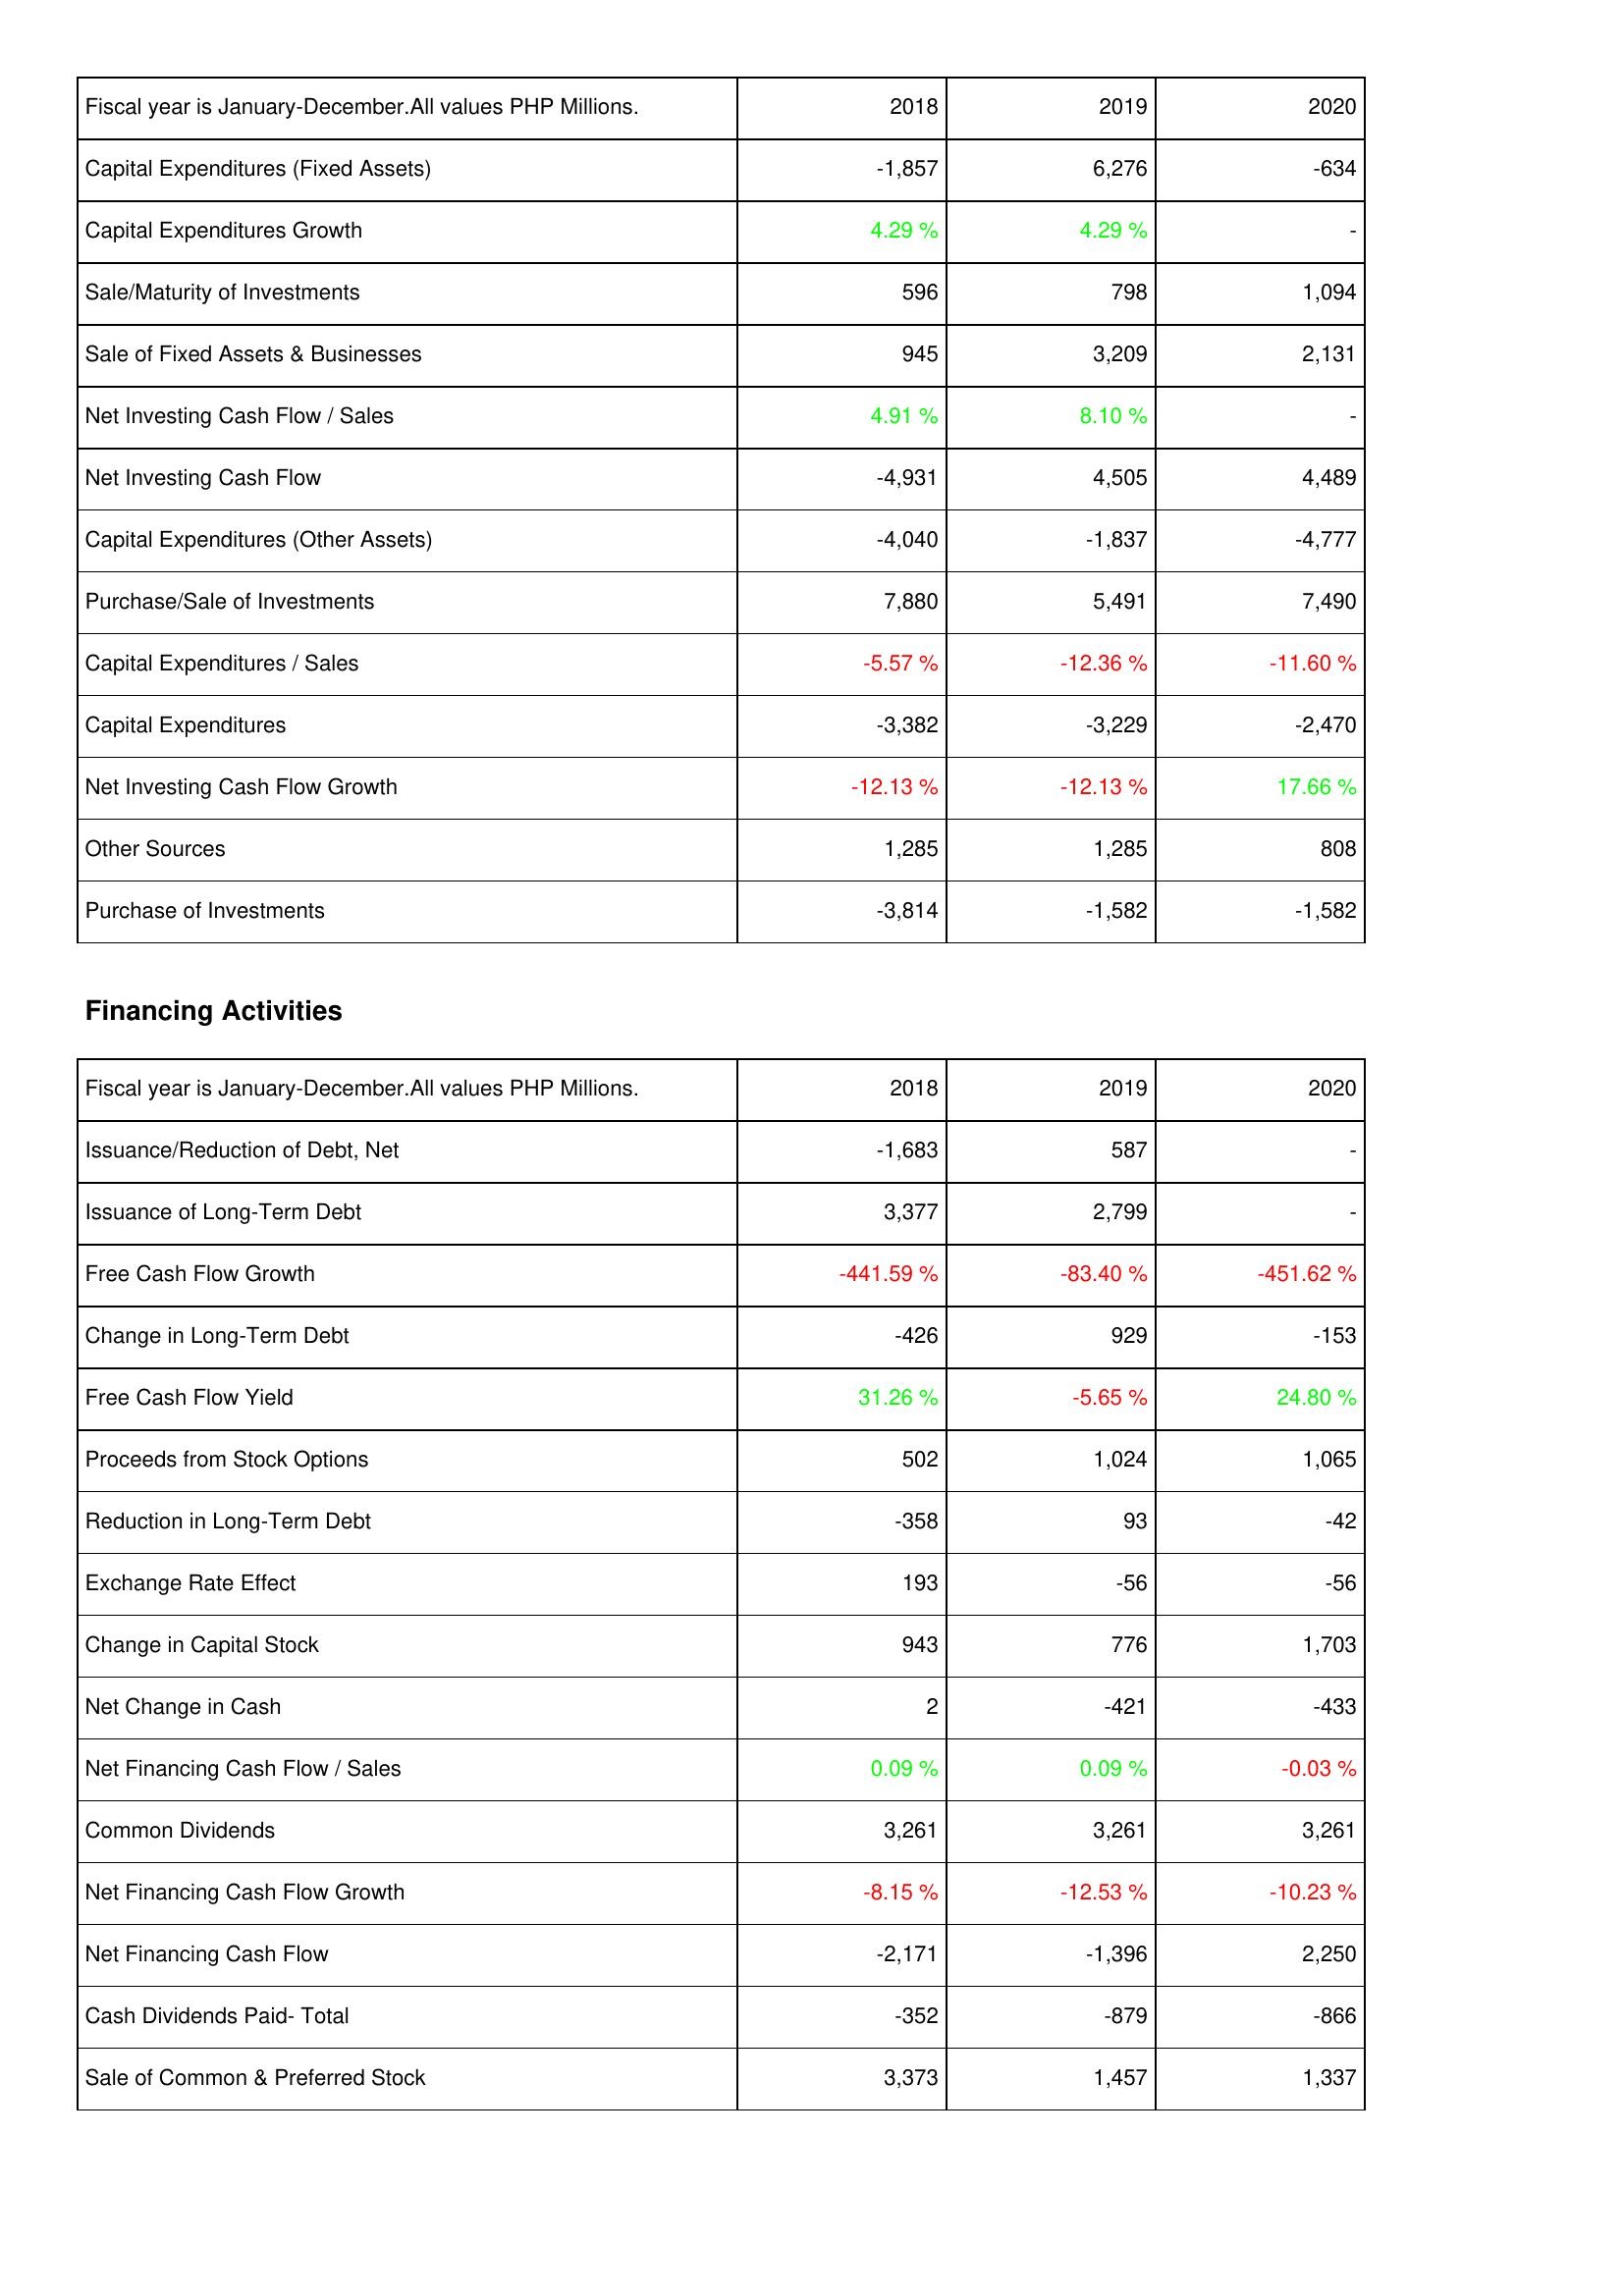
2018: Investing Activities: Capital Expenditures (Fixed Assets): -1,857
Capital Expenditures Growth: 4.29 %
Sale/Maturity of Investments: 596
Sale of Fixed Assets & Businesses: 945
Net Investing Cash Flow / Sales: 4.91 %
Net Investing Cash Flow: -4,931
Capital Expenditures (Other Assets): -4,040
Purchase/Sale of Investments: 7,880
Capital Expenditures / Sales: -5.57 %
Capital Expenditures: -3,382
Net Investing Cash Flow Growth: -12.13 %
Other Sources: 1,285
Purchase of Investments: -3,814
Financing Activities: Issuance/Reduction of Debt, Net: -1,683
Issuance of Long-Term Debt: 3,377
Free Cash Flow Growth: -441.59 %
Change in Long-Term Debt: -426
Free Cash Flow Yield: 31.26 %
Proceeds from Stock Options: 502
Reduction in Long-Term Debt: -358
Exchange Rate Effect: 193
Change in Capital Stock: 943
Net Change in Cash: 2
Net Financing Cash Flow / Sales: 0.09 %
Common Dividends: 3,261
Net Financing Cash Flow Growth: -8.15 %
Net Financing Cash Flow: -2,171
Cash Dividends Paid- Total: -352
Sale of Common & Preferred Stock: 3,373
2019: Investing Activities: Capital Expenditures (Fixed Assets): 6,276
Capital Expenditures Growth: 4.29 %
Sale/Maturity of Investments: 798
Sale of Fixed Assets & Businesses: 3,209
Net Investing Cash Flow / Sales: 8.10 %
Net Investing Cash Flow: 4,505
Capital Expenditures (Other Assets): -1,837
Purchase/Sale of Investments: 5,491
Capital Expenditures / Sales: -12.36 %
Capital Expenditures: -3,229
Net Investing Cash Flow Growth: -12.13 %
Other Sources: 1,285
Purchase of Investments: -1,582
Financing Activities: Issuance/Reduction of Debt, Net: 587
Issuance of Long-Term Debt: 2,799
Free Cash Flow Growth: -83.40 %
Change in Long-Term Debt: 929
Free Cash Flow Yield: -5.65 %
Proceeds from Stock Options: 1,024
Reduction in Long-Term Debt: 93
Exchange Rate Effect: -56
Change in Capital Stock: 776
Net Change in Cash: -421
Net Financing Cash Flow / Sales: 0.09 %
Common Dividends: 3,261
Net Financing Cash Flow Growth: -12.53 %
Net Financing Cash Flow: -1,396
Cash Dividends Paid- Total: -879
Sale of Common & Preferred Stock: 1,457
2020: Investing Activities: Capital Expenditures (Fixed Assets): -634
Capital Expenditures Growth: -
Sale/Maturity of Investments: 1,094
Sale of Fixed Assets & Businesses: 2,131
Net Investing Cash Flow / Sales: -
Net Investing Cash Flow: 4,489
Capital Expenditures (Other Assets): -4,777
Purchase/Sale of Investments: 7,490
Capital Expenditures / Sales: -11.60 %
Capital Expenditures: -2,470
Net Investing Cash Flow Growth: 17.66 %
Other Sources: 808
Purchase of Investments: -1,582
Financing Activities: Issuance/Reduction of Debt, Net: -
Issuance of Long-Term Debt: -
Free Cash Flow Growth: -451.62 %
Change in Long-Term Debt: -153
Free Cash Flow Yield: 24.80 %
Proceeds from Stock Options: 1,065
Reduction in Long-Term Debt: -42
Exchange Rate Effect: -56
Change in Capital Stock: 1,703
Net Change in Cash: -433
Net Financing Cash Flow / Sales: -0.03 %
Common Dividends: 3,261
Net Financing Cash Flow Growth: -10.23 %
Net Financing Cash Flow: 2,250
Cash Dividends Paid- Total: -866
Sale of Common & Preferred Stock: 1,337